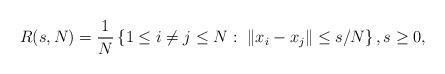
LaTeX: \begin{align*}R(s,N) = \frac{1}{N} \left\{ 1 \leq i \neq j \leq N:~\|x_i - x_j\| \leq s/N \right\}, s \geq 0,\end{align*}